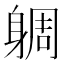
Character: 𨉜